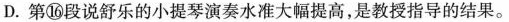
D. 第⑯段说舒乐的小提琴演奏水准大幅提高，是教授指导的结果。